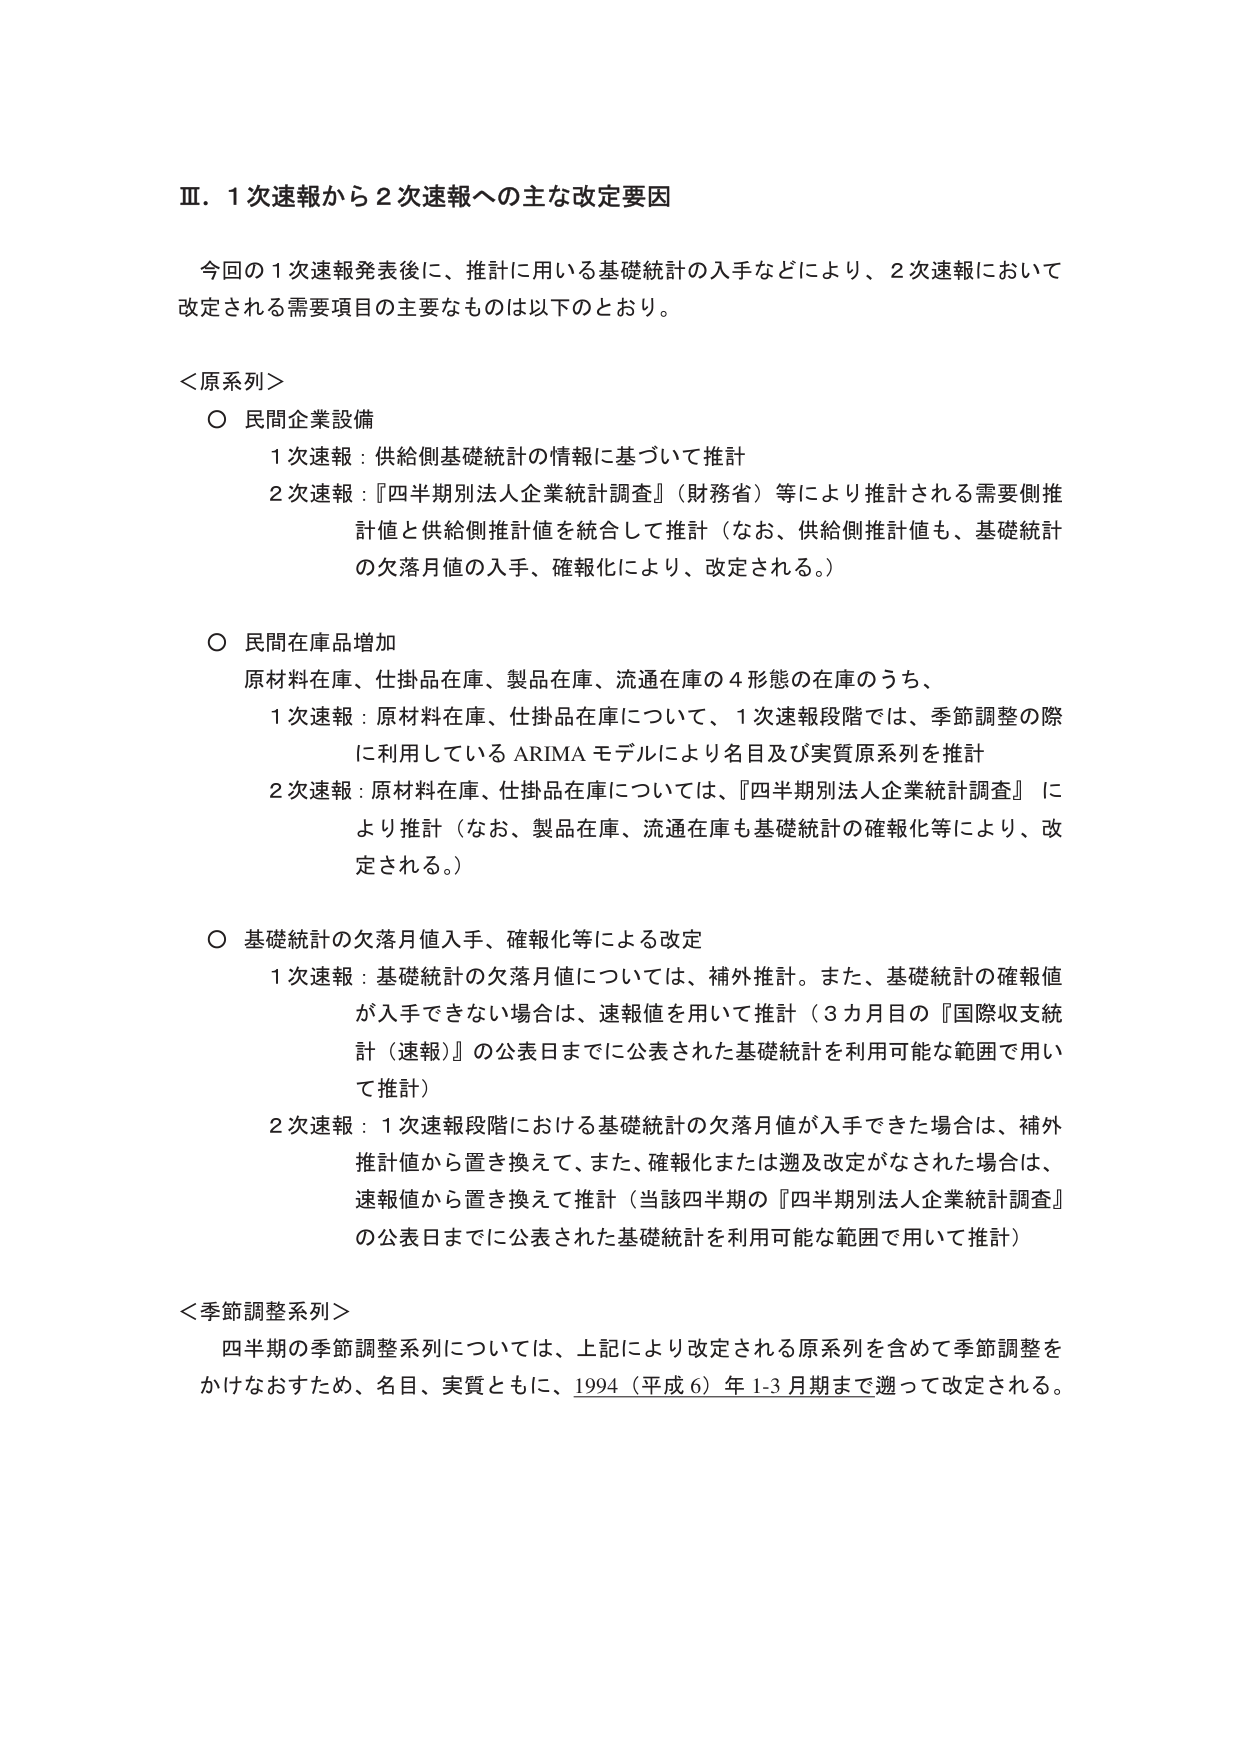
Ⅲ．１次速報から２次速報への主な改定要因

今回の１次速報発表後に、推計に用いる基礎統計の入手などにより、２次速報において改定される需要項目の主要なものは以下のとおり。

＜原系列＞

○ 民間企業設備
　１次速報：供給側基礎統計の情報に基づいて推計
　２次速報：『四半期別法人企業統計調査』（財務省）等により推計される需要側推計値と供給側推計値を統合して推計（なお、供給側推計値も、基礎統計の欠落月値の入手、確報化により、改定される。）

○ 民間在庫品増加
　原材料在庫、仕掛品在庫、製品在庫、流通在庫の４形態の在庫のうち、
　１次速報：原材料在庫、仕掛品在庫について、１次速報段階では、季節調整の際に利用しているARIMAモデルにより名目及び実質原系列を推計
　２次速報：原材料在庫、仕掛品在庫については、『四半期別法人企業統計調査』により推計（なお、製品在庫、流通在庫も基礎統計の確報化等により、改定される。）

○ 基礎統計の欠落月値入手、確報化等による改定
　１次速報：基礎統計の欠落月値については、補外推計。また、基礎統計の確報値が入手できない場合は、速報値を用いて推計（３カ月目の『国際収支統計（速報）』の公表日までに公表された基礎統計を利用可能な範囲で用いて推計）
　２次速報：１次速報段階における基礎統計の欠落月値が入手できた場合は、補外推計値から置き換えて、また、確報化または遡及改定がなされた場合は、速報値から置き換えて推計（当該四半期の『四半期別法人企業統計調査』の公表日までに公表された基礎統計を利用可能な範囲で用いて推計）

＜季節調整系列＞
　四半期の季節調整系列については、上記により改定される原系列を含めて季節調整をかけなおすため、名目、実質ともに、1994（平成6）年1-3月期まで遡って改定される。